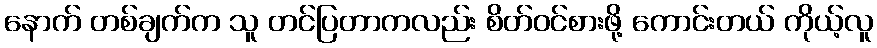
နောက် တစ်ချက်က သူ တင်ပြတာကလည်း စိတ်ဝင်စားဖို့ ကောင်းတယ် ကိုယ့်လူ